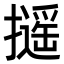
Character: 𢷫